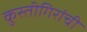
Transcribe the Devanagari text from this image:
कुस्तीगिरांची